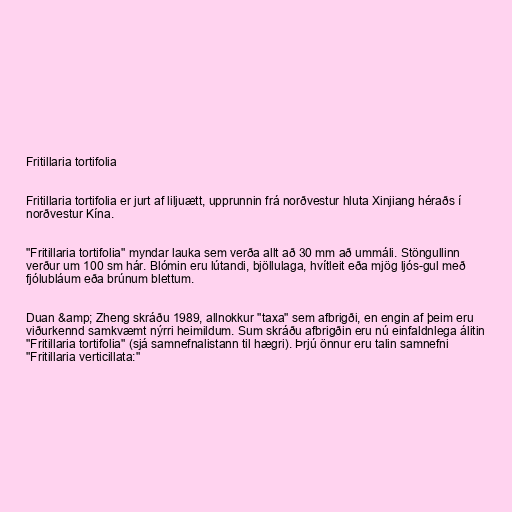
Fritillaria tortifolia

Fritillaria tortifolia er jurt af liljuætt, upprunnin frá norðvestur hluta Xinjiang héraðs í
norðvestur Kína.

"Fritillaria tortifolia" myndar lauka sem verða allt að 30 mm að ummáli. Stöngullinn
verður um 100 sm hár. Blómin eru lútandi, bjöllulaga, hvítleit eða mjög ljós-gul með
fjólubláum eða brúnum blettum.

Duan &amp; Zheng skráðu 1989, allnokkur "taxa" sem afbrigði, en engin af þeim eru
viðurkennd samkvæmt nýrri heimildum. Sum skráðu afbrigðin eru nú einfaldnlega álitin
"Fritillaria tortifolia" (sjá samnefnalistann til hægri). Þrjú önnur eru talin samnefni
"Fritillaria verticillata:"